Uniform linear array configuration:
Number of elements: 32
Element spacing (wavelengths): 0.5
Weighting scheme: binomial
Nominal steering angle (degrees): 45
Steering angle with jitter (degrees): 43.895
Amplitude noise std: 0.05
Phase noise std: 0.05

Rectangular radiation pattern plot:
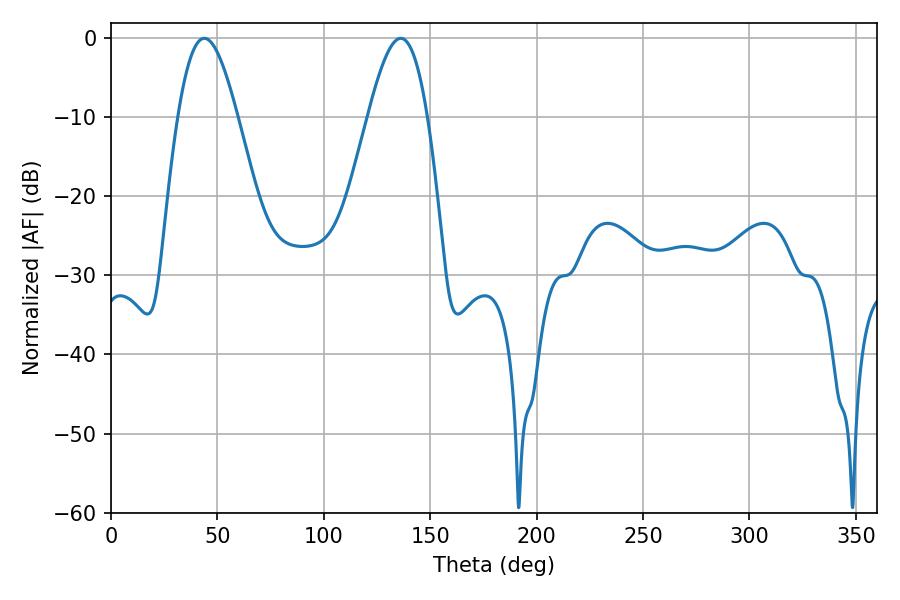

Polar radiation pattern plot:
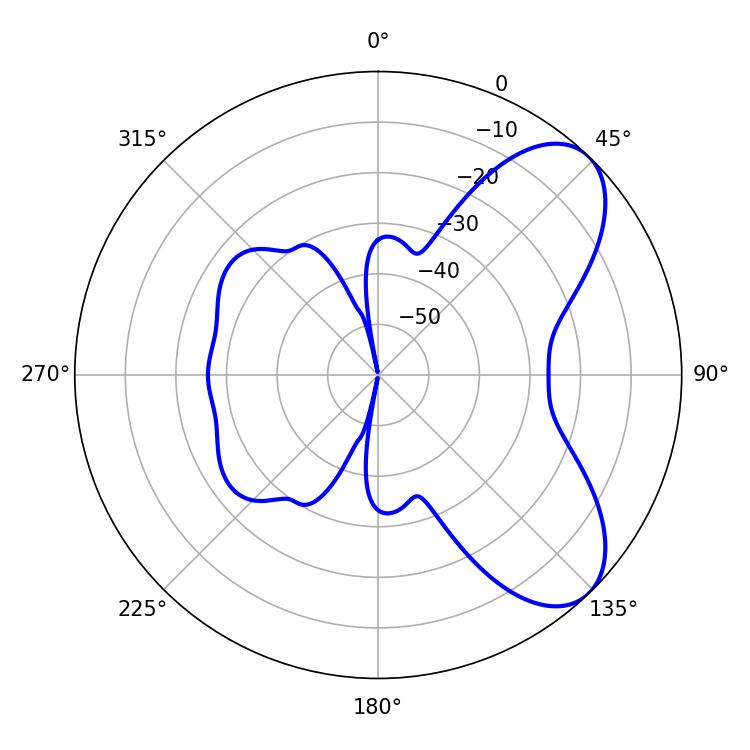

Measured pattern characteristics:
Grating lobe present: FALSE
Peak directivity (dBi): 6.989
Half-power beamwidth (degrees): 15.12
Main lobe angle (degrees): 43.92